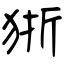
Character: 狾